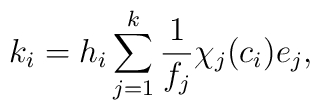
k_i=h_i\sum_{j=1}^k\frac{1}{f_j}\chi_j(c_i)e_j,